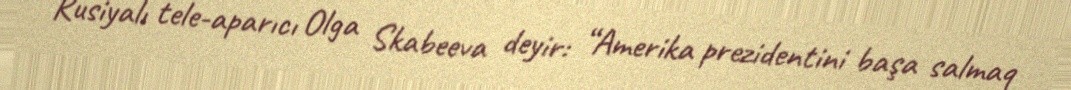
Rusiyalı tele-aparıcı Olga Skabeeva deyir: “Amerika prezidentini başa salmaq